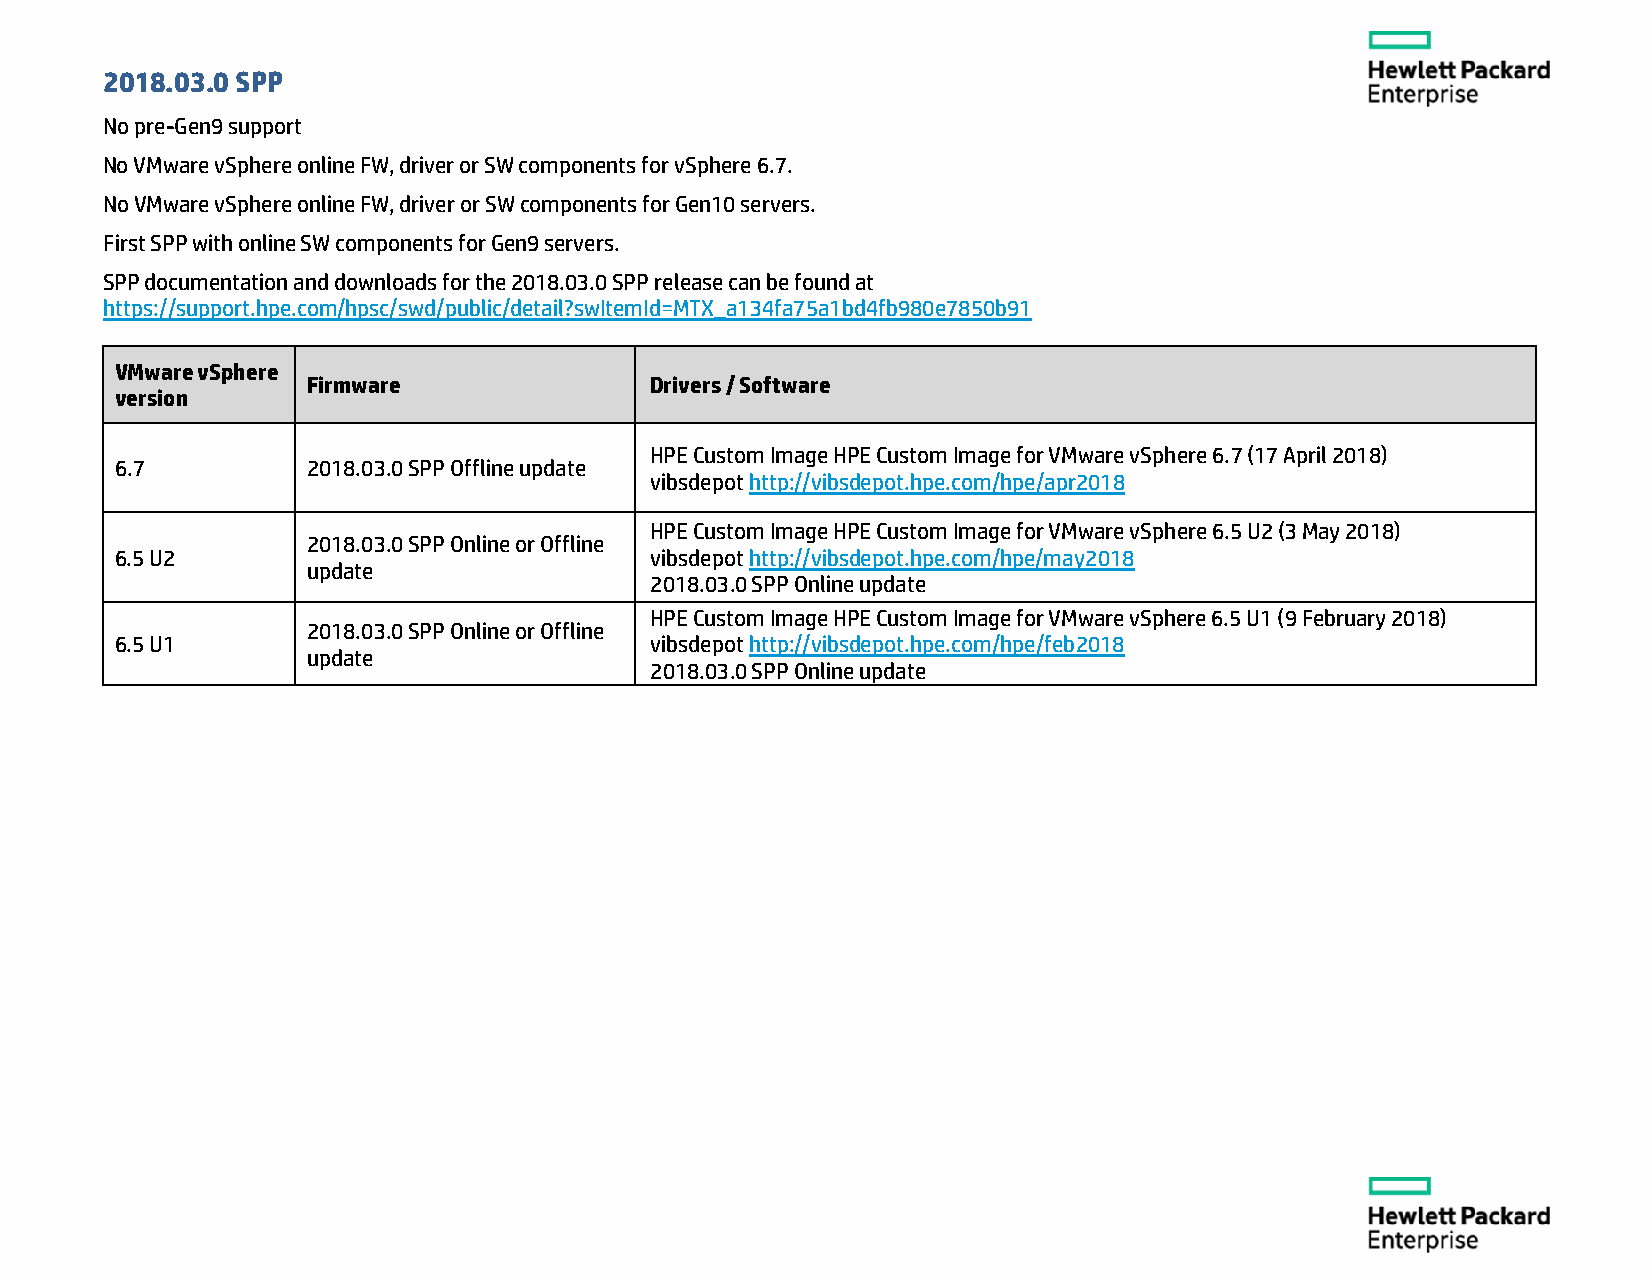
2018.03.0 SPP
 No pre-Gen9 support
 No VMware vSphere online FW, driver or SW components for vSphere 6.7.
 No VMware vSphere online FW, driver or SW components for Gen10 servers.
 First SPP with online SW components for Gen9 servers.
 SPP documentation and downloads for the 2018.03.0 SPP release can be found at
 https://support.hpe.com/hpsc/swd/public/detail?swItemId=MTX_a134fa75a1bd4fb980e7850b91
 VMware vSphere
 Firmware               Drivers / Software
 version
 HPE Custom Image HPE Custom Image for VMware vSphere 6.7 (17 April 2018)
 6.7         2018.03.0 SPP Offline update
 vibsdepot http://vibsdepot.hpe.com/hpe/apr2018
 HPE Custom Image HPE Custom Image for VMware vSphere 6.5 U2 (3 May 2018)
 2018.03.0 SPP Online or Offline
 6.5 U2                             vibsdepot http://vibsdepot.hpe.com/hpe/may2018
 update
 2018.03.0 SPP Online update
 HPE Custom Image HPE Custom Image for VMware vSphere 6.5 U1 (9 February 2018)
 2018.03.0 SPP Online or Offline
 6.5 U1                             vibsdepot http://vibsdepot.hpe.com/hpe/feb2018
 update
 2018.03.0 SPP Online update